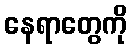
နေရာတွေကို